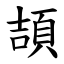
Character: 頡